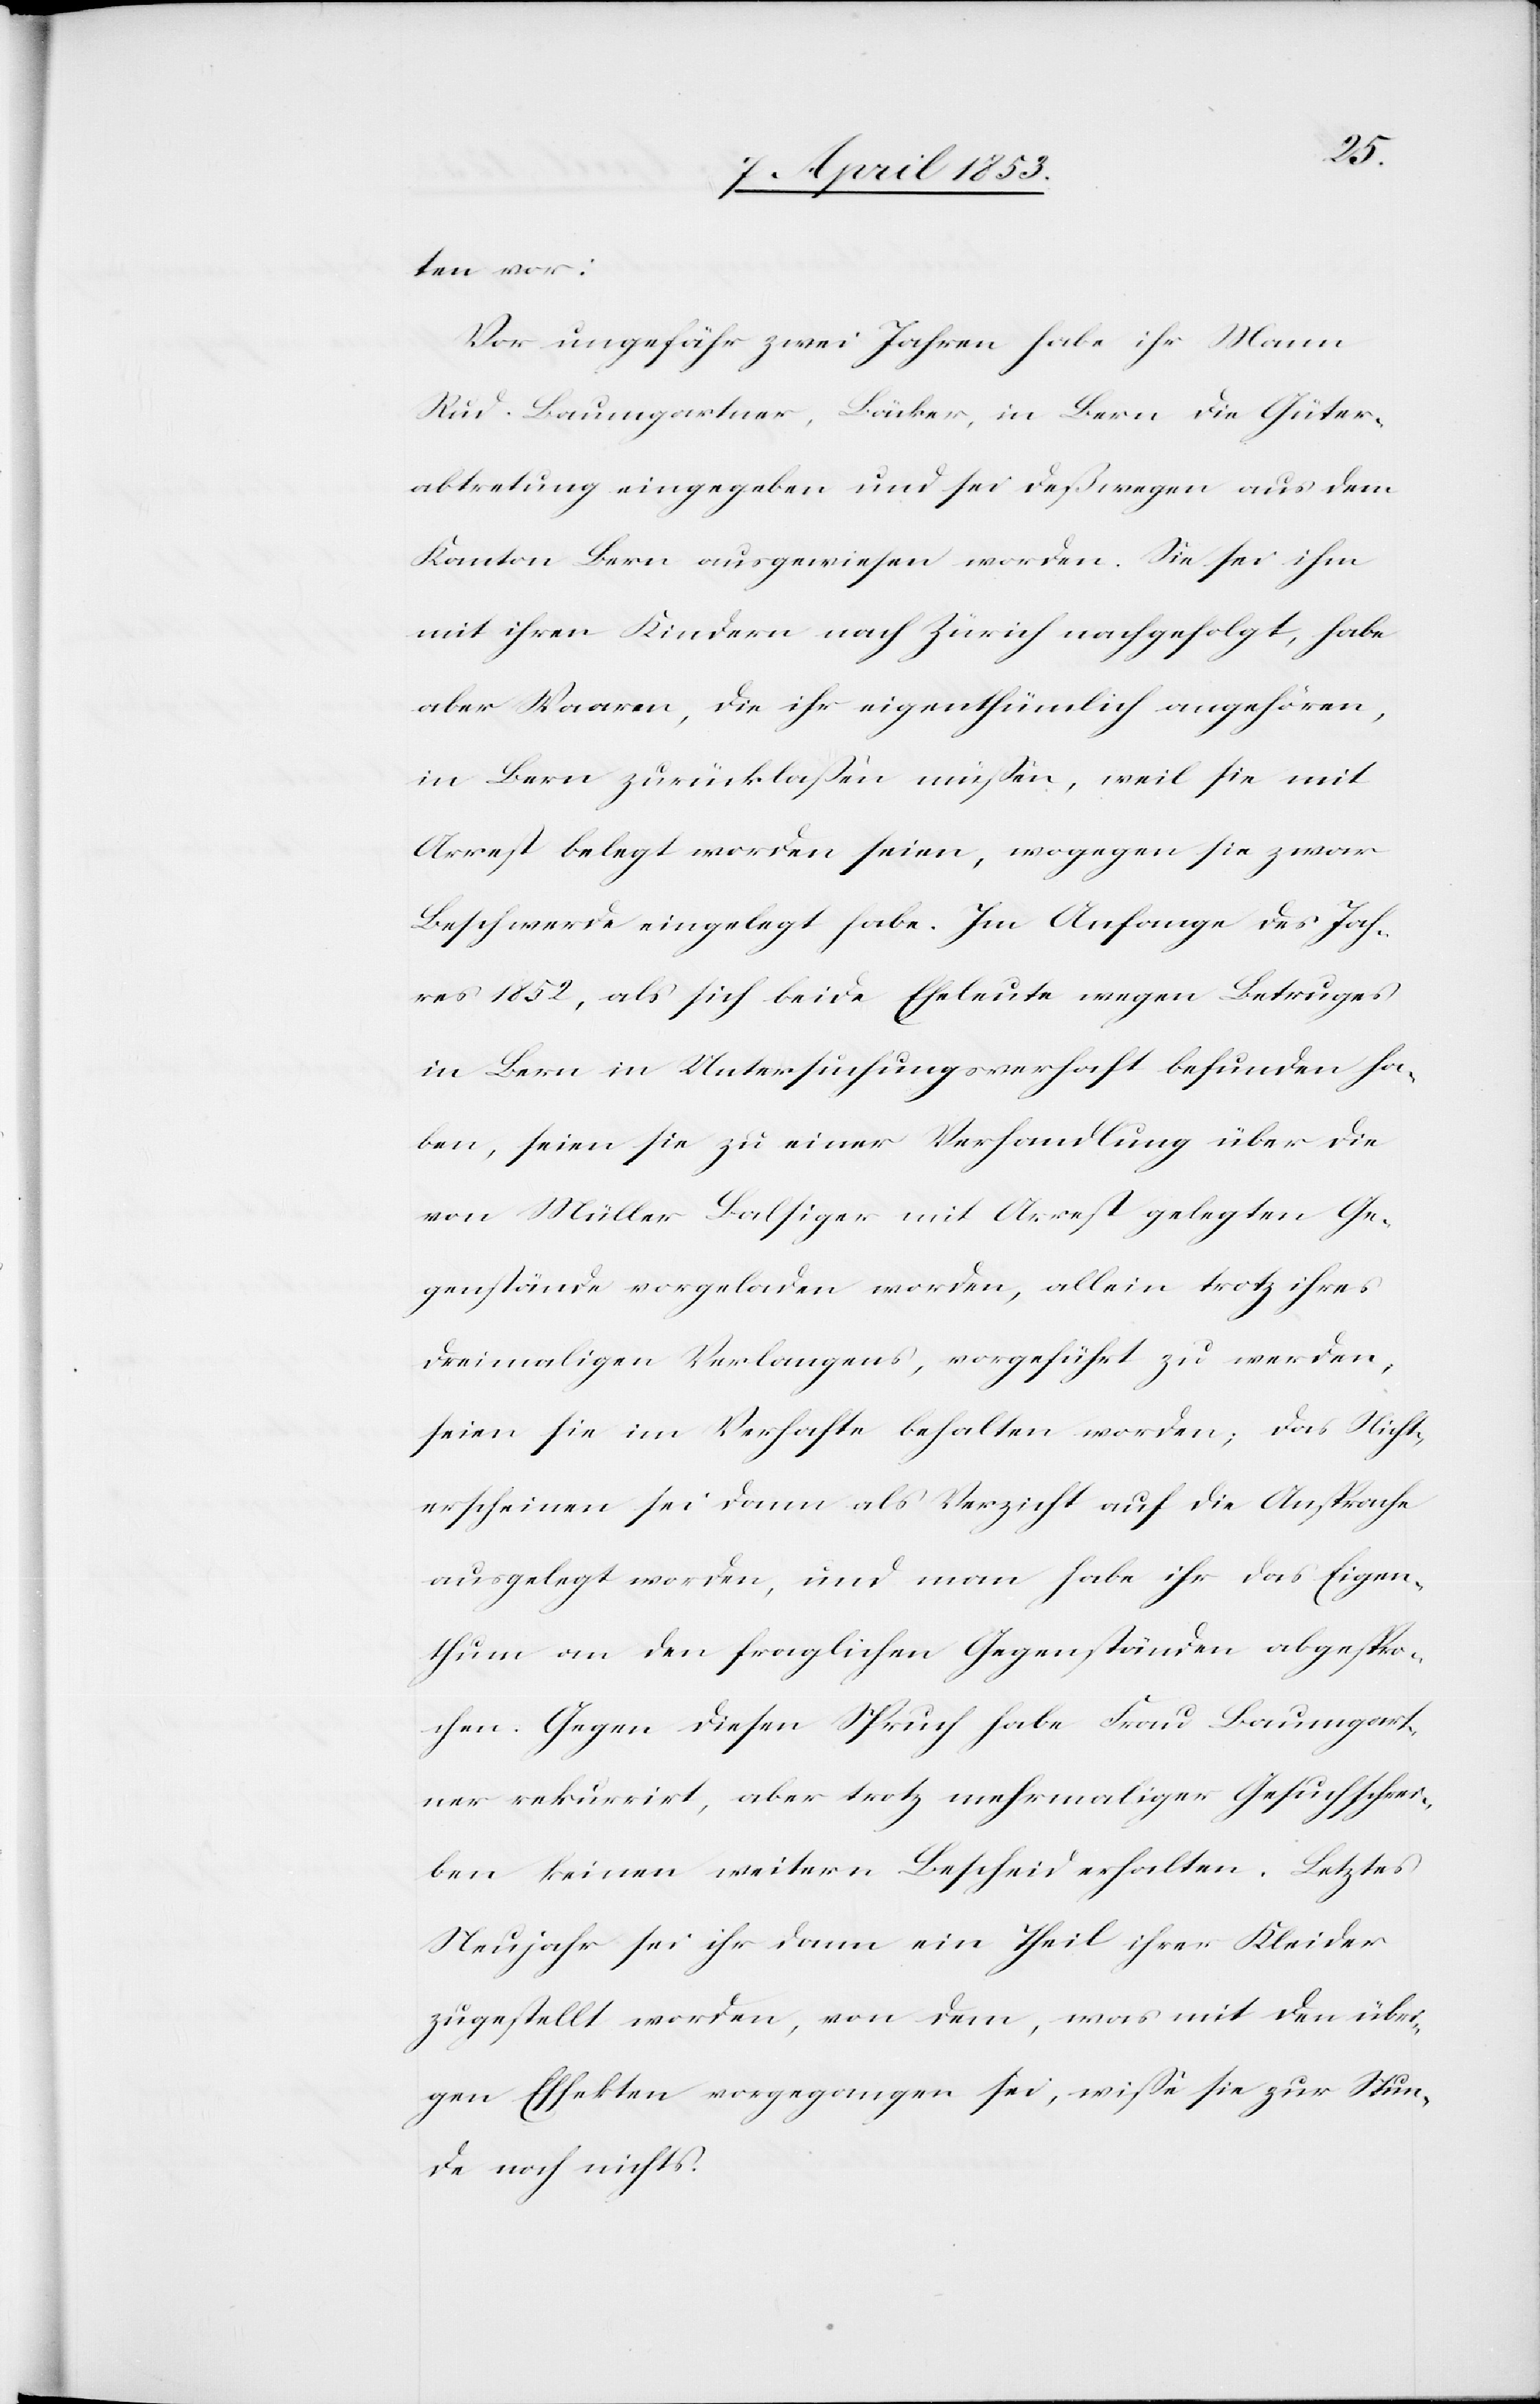
ten vor:
Vor ungefähr zwei Jahren habe ihr Mann
Rud. Baumgartner, Bäcker, in Bern die Güter¬
abtretung eingegeben und sei deßwegen aus dem
Kanton Bern ausgewiesen worden. Sie sei ihm
mit ihren Kindern nach Zürich nachgefolgt, habe
aber Waaren, die ihr eigenthümlich angehören,
in Bern zurücklaßen müßen, weil sie mit
Arrest belegt worden seien, wogegen sie zwar
Beschwerde eingelegt habe. Im Anfange des Jah¬
res 1852, als sich beide Eheleute wegen Betruges
in Bern in Untersuchungsverhaft befunden ha¬
ben, seien sie zu einer Verhandlung über die
von Müller Salsiger mit Arrest gelegten Ge¬
genstände vorgeladen worden, allein trotz ihres
dreimaligen Verlangens, vorgeführt zu werden,
seien sie im Verhafte behalten worden; das Nicht¬
erscheinen sei dann als Verzicht auf die Ansprache
ausgelegt worden, und man habe sich ihr das Eigen¬
thum an den fraglichen Gegenständen abgespro¬
chen. Gegen diesen Spruch habe Frau Baumgart¬
ner rekurrirt, aber trotz mehrmahliger Gesuchschrei¬
ben keinen weitern Bescheid erhalten. Letztes
Neujahr sei ihr dann ein Theil ihrer Kleider
zugestellt worden, von dem, was mit den übri¬
gen Effekten vorgegangen sei, wiße sie zur Stun¬
de noch nichts.